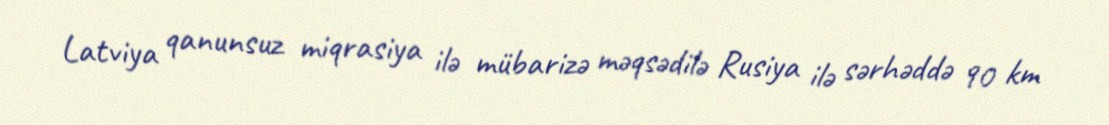
Latviya qanunsuz miqrasiya ilə mübarizə məqsədilə Rusiya ilə sərhəddə 90 km